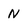
Character: N